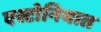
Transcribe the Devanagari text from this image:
एस्टोनियात